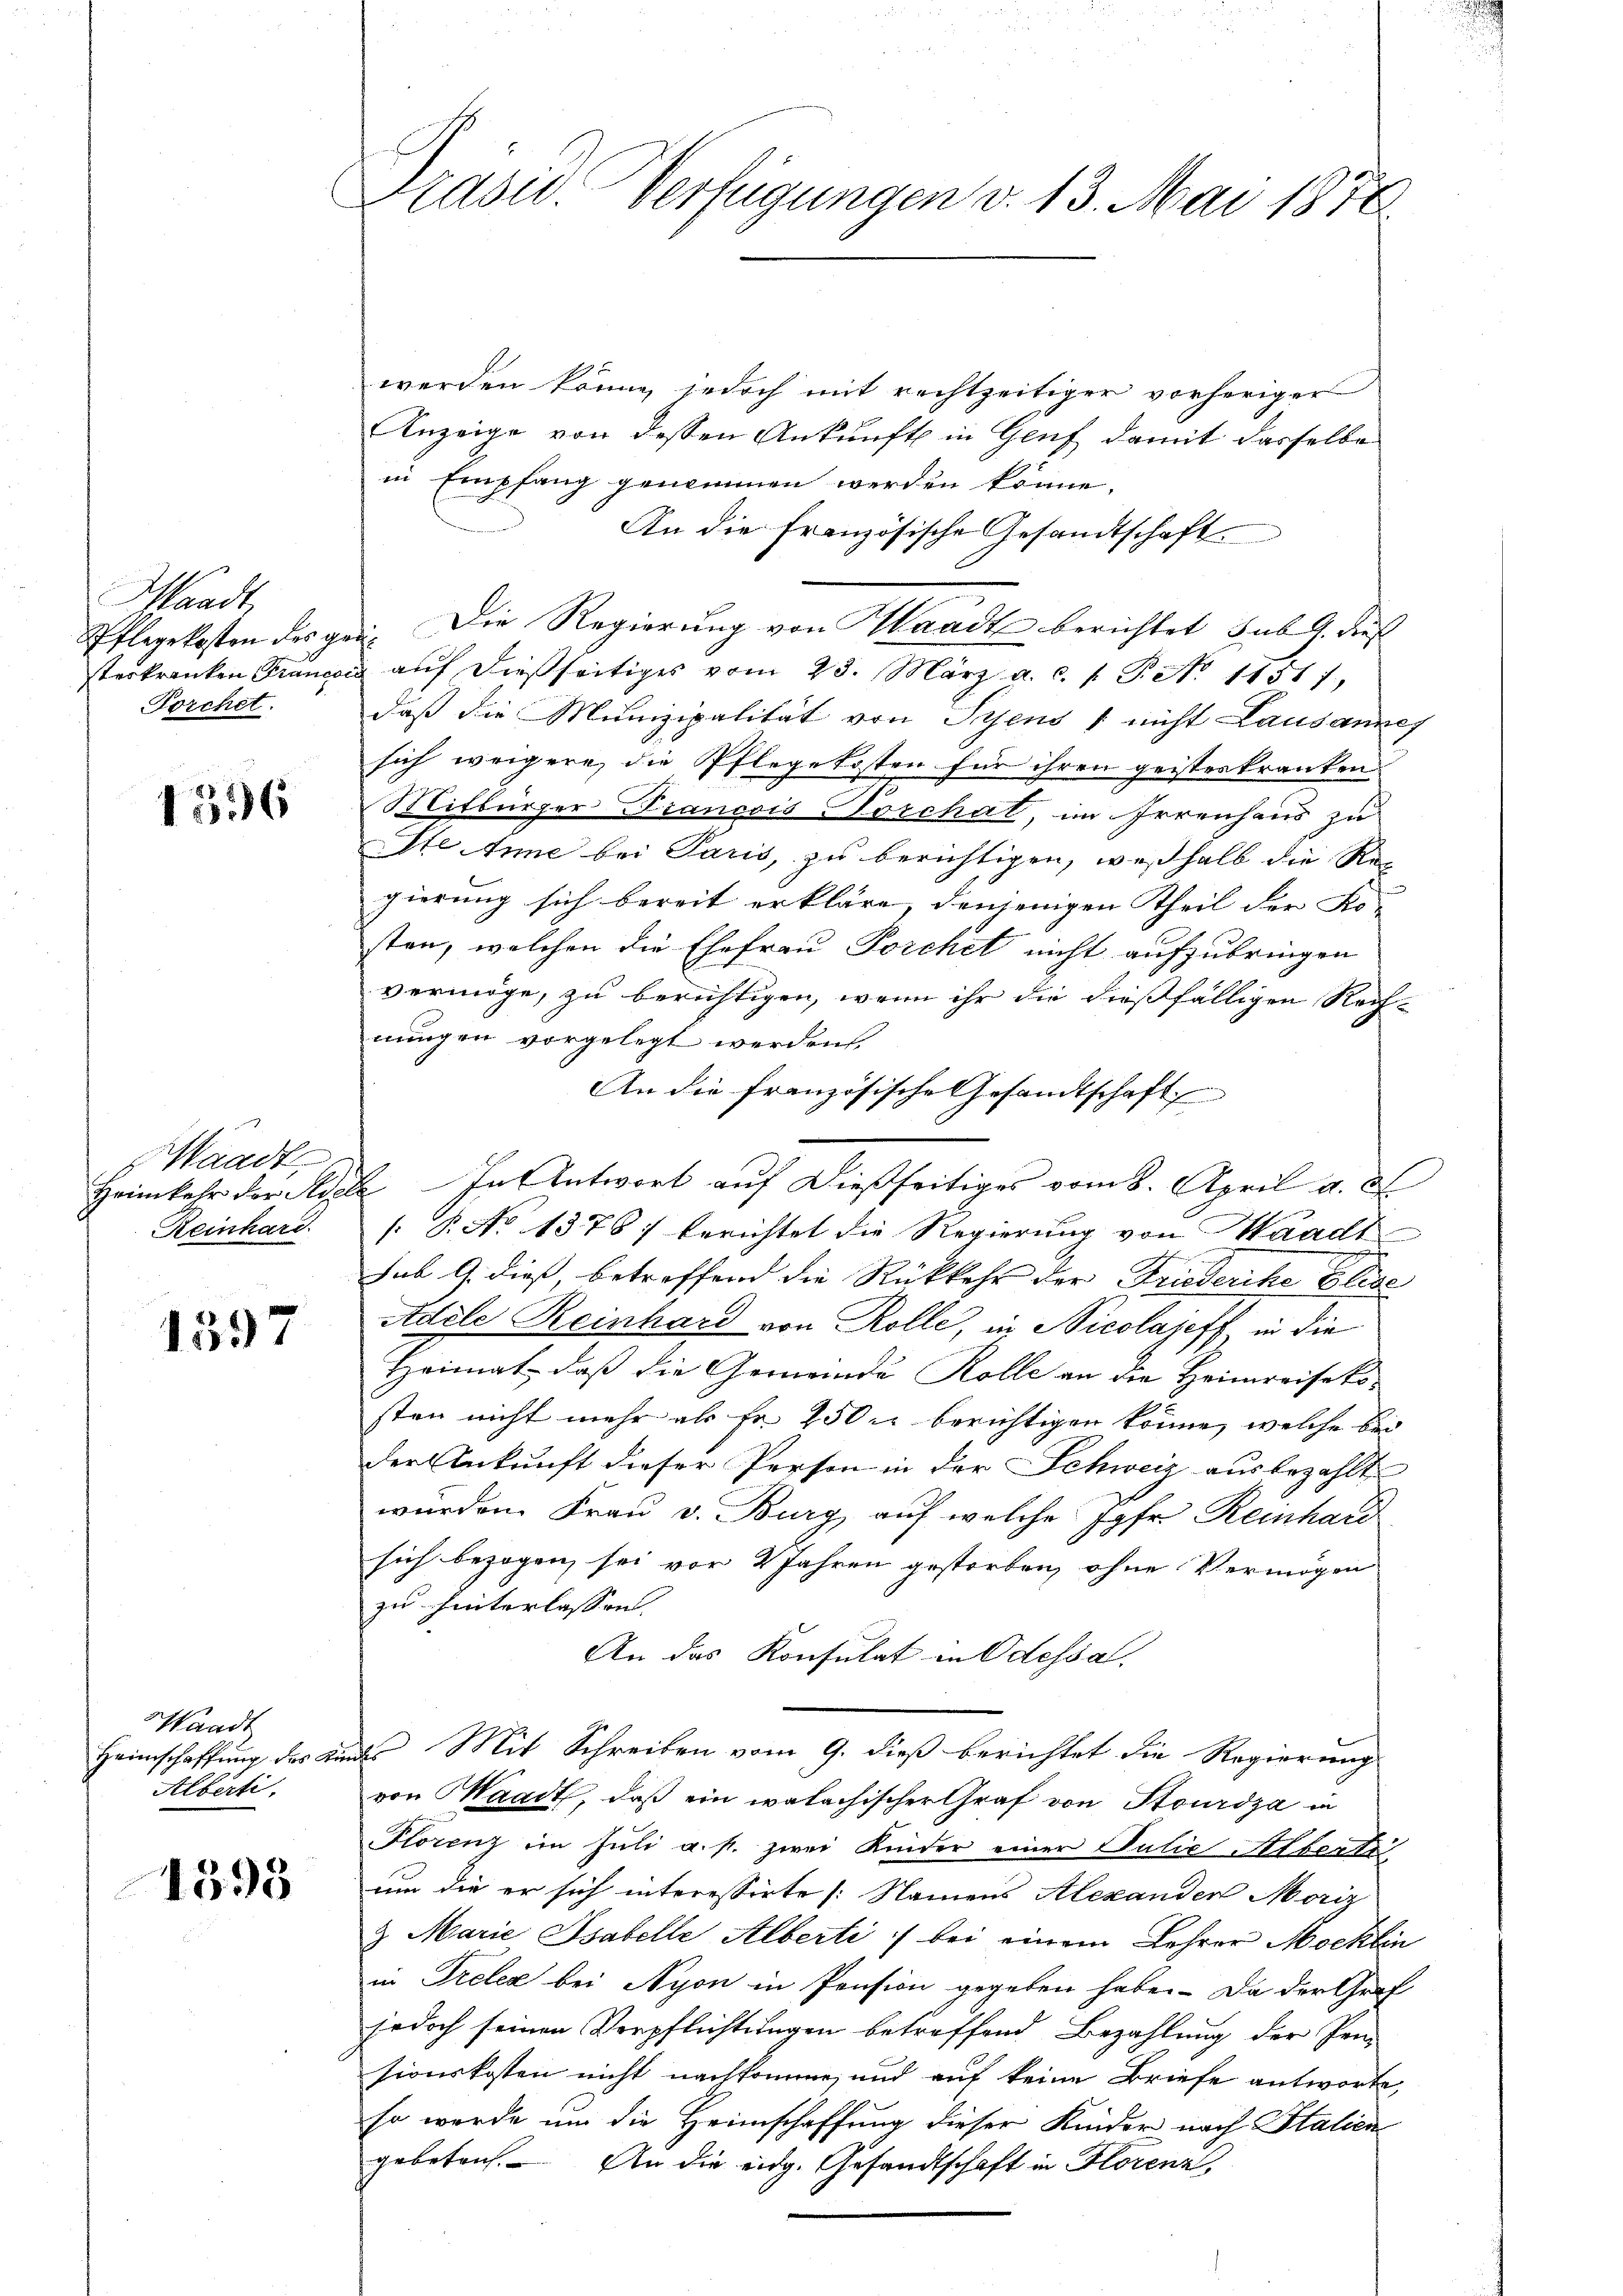
Waadt,
Pflegekosten des ge¬
Porchet.

1336

Waadt,
Reinhard.

1397

Waadt
Heimschaffung des Kie
Alberti,

1593

Präsid. Verfügungen d. 13. Mai 1870

werden könne, jedoch mit rechtzeitiger vorheriger
Anzeige von dessen Ankunft in Genf damit dasselbe
in Empfang genommen werden könne.
An die französische Gesandtschaft
Die Regierung von Waadt berichtet sub. 4. dies
.
sterkranken Francois aŭf dießseitiges vom 23. März a. c. l. P. Nr. 18517,
daß die Munizipalität von Prens / nicht Lausannes
sich weigere, die Pflegekosten für ihren geisteskranken
Mitbürger Francois Poschat, im Irrenhaus zu
Ste Anne bei Paris, zu berichtigen, weshalb die Regierung sich bereit erkläre, denjenigen Theil der Ko-
sten, welchen die Ehefrau Porchet nicht aufzubringen
vermöge, zu berichtigen, wenn ihr die dießfälligen Rech-
nungen vorgelegt werden.
An die französische Gesamtschaft
Heimkehr der Adela In Antwort auf dießseitiges vom 8. April a. c
/ B. No 1378) berichtet die Regierung von Waadt
sub 9. dieß, betreffend die Rückkehr der Friederike Elise
Adele Reinhard von Rolle, in Nicolajeff in die
Heimat, daß die Gemeinde Rolle an die Heimreisekosten nicht mehr als Fr. 250 berichtigen könne, welche bei
der Ankunft dieser Person in der Schweiz ausbezahlt
wurden. Frau v. Burg auf welche Jgfr. Reinhard
sich bezogen sei vor 2 Jahren gestorben, ohne Vermögen
zu hinterlassen.
An das Konsulat in Odessa.
2. Mit Schreiben vom 9. dieß berichtet die Regierung
von Waadt, daß ein walachischer Graf von Stourdza in
Florenz im Juli a. f. zwei Kinder einer Pulie Albertr
um die er sich interessirte /: Namens Alexanden Moriz
&. Marie Psabelle Alberti bei einem Lehrer Möcklin
in Treleg bei Nyon in Pension gegeben habe. Da der Graf
jedoch seinen Verpflichtungen betreffend Bezahlung der Pen-
sionskosten nicht nachkomme, und auf keine Briefe antworte,
so wurde um die Heimschaffung dieser Kinder nach Italien
gebeten. An die eidg. Gesandtschaft in Horenz,